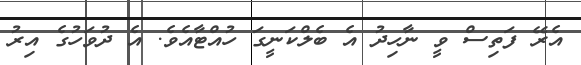
އެރޭ ފަތިސް ވީ ނާހިދު އެ ބެލްކަނީގަ ހުއްޓާއެވެ. އެ ދުވަހުގެ އިރު